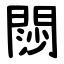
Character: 閯